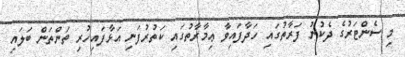
މި ސެންޓަރުގެ ދެކުނު ފަރާތުގައި ހަދާފައިވާ ޢިމާރާތުގައި ކަތުރުފަނި އަޅާފައިހުރި ތަންތަން ބަލައި